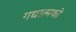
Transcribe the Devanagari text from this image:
गद्यात्‍मको